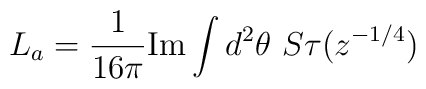
L_a = \frac{1}{16\pi} \mbox{Im} \int d^2\theta\ S \tau(z^{-1/4})